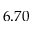
6 . 7 0